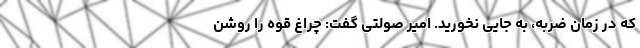
که در زمان ضربه، به جایی نخورید. امیر صولتی گفت: چراغ قوه را روشن